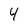
Character: 4